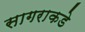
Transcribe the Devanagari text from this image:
सागराकडे